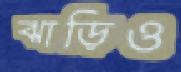
ঝাড়িও